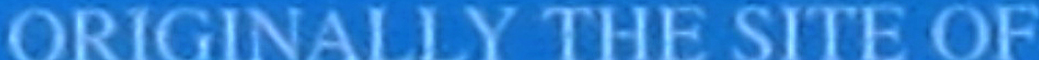
ORIGINALLY THE SITE OF